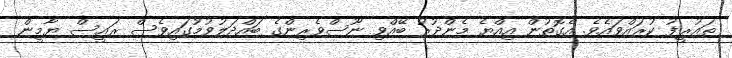
ތައުރީފު ކުރައްވައެވެ. އެގޮތުން އިއްޔެ މެންދުރު ބޭއްވި ނޫސްވެރިންގެ ބައްދަލުވުމުގައިވެސް ރައީސް ޔާމީން